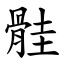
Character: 䯓